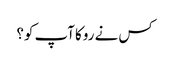
کس نے روکا آپ کو؟